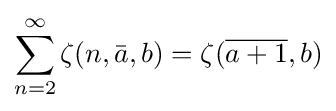
\sum _{n=2}^{\infty }\zeta (n,{\bar {a}},b)=\zeta ({\overline {a+1}},b)